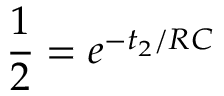
\frac { 1 } { 2 } = e ^ { - t _ { 2 } / R C }